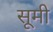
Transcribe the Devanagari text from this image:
सूमी